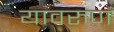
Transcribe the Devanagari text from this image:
यावरुण